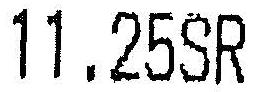
11.25SR